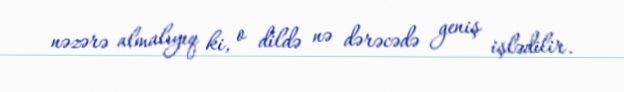
nəzərə almalıyıq ki, o dildə nə dərəcədə geniş işlədilir.